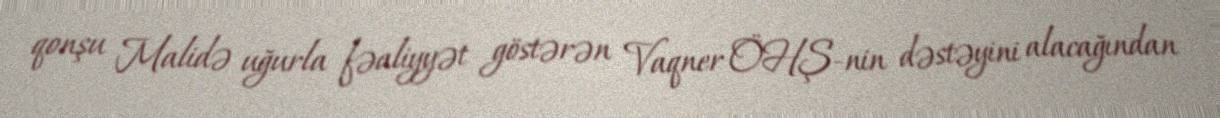
qonşu Malidə uğurla fəaliyyət göstərən Vaqner ÖHŞ-nin dəstəyini alacağından